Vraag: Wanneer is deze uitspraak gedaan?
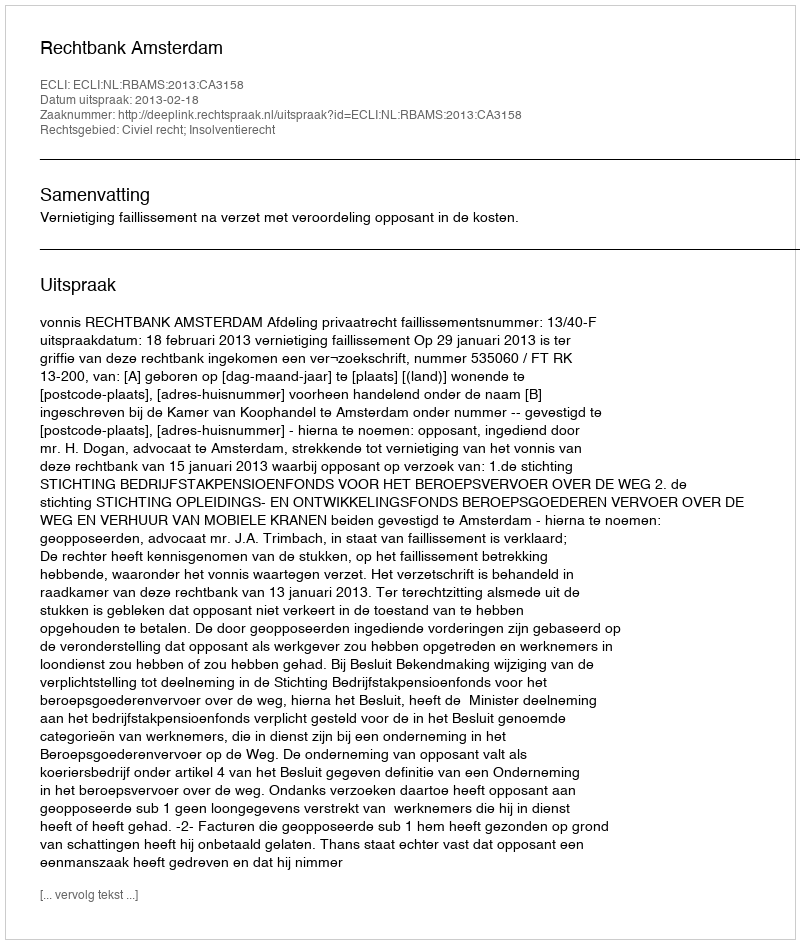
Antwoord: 2013-02-18